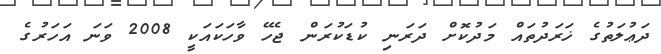
ދަޢުލަތުގެ ޚަރަދުތައް މަދުކޮށް ދަރަނި ކުޑަކުރަން ޖެހޭ ވާހަކައަކީ 2008 ވަނަ އަހަރުގެ